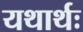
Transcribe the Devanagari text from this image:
यथार्थः